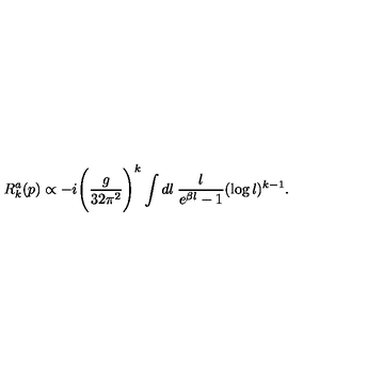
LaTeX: R _ { k } ^ { a } ( p ) \propto - i \Bigg ( \frac { g } { 3 2 \pi ^ { 2 } } \Bigg ) ^ { k } \int d l \: \frac { l } { e ^ { \beta l } - 1 } ( \log l ) ^ { k - 1 } .